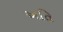
અતિ